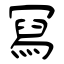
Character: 冩